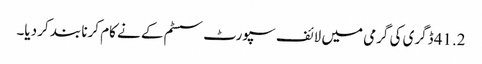
41.2 ڈگری کی گرمی میں لائف سپورٹ سسٹم کے نے کام کرنا بند کر دیا۔